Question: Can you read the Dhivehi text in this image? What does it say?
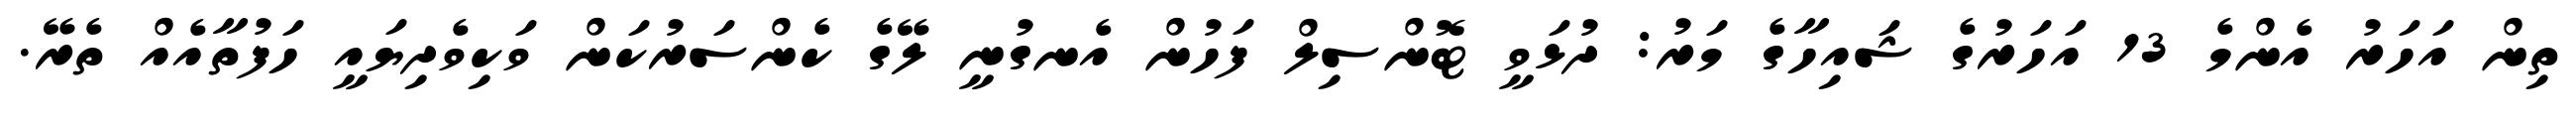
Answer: ތިން އަހަރު އެންމެ 13 އަހަރުގެ ޝައިހާގެ މަރު: ދުޅަވީ ޓޮންސިލް ފަހުން އެނގުނީ ލޭގެ ކެންސަރުކަން ވަކިވެދިޔައީ ހަފުތާއެއް ތެރޭ.